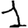
Digit: 1